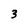
Character: 3